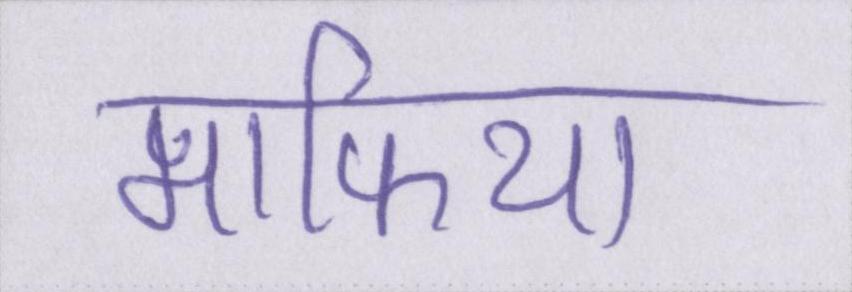
माफिया